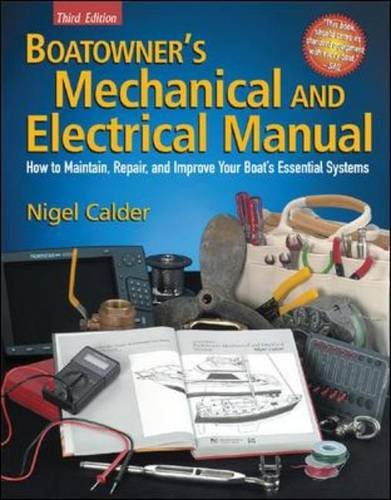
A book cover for Boatowner's Mechanical and Electrical Manual: How to Maintain, Repair, and Improve Your Boat's Essential Systems; Nigel Calder; Engineering & Transportation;